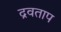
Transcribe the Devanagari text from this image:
द्रवताप